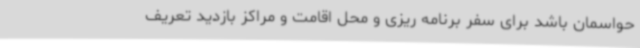
حواسمان باشد برای سفر برنامه ریزی و محل اقامت و مراکز بازدید تعریف